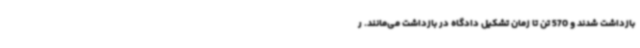
بازداشت شدند و 570 تن تا زمان تشکیل دادگاه در بازداشت می‌مانند. ر